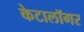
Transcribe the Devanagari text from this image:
केटालॉगर